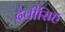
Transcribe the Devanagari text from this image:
देवीसिह